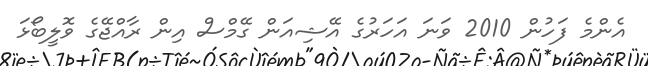
އެންމެ ފަހުން 2010 ވަނަ އަހަރުގެ އޭޝިއަން ގޭމްސް އިން ރާއްޖޭގެ ވޮލީބޯޅަ